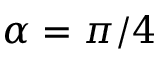
\alpha = \pi / 4